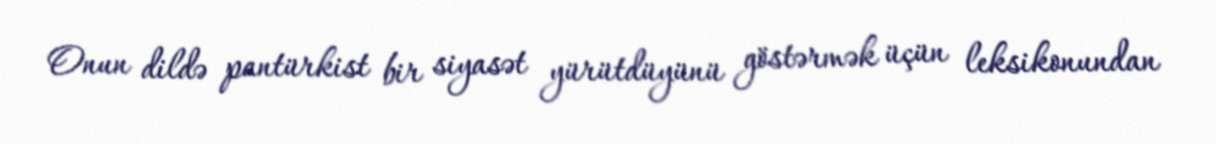
Onun dildə pantürkist bir siyasət yürütdüyünü göstərmək üçün leksikonundan